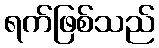
ရက်ဖြစ်သည်